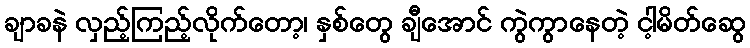
ချာခနဲ လှည့်ကြည့်လိုက်တော့၊ နှစ်တွေ ချီအောင် ကွဲကွာနေတဲ့ ငါ့မိတ်ဆွေ